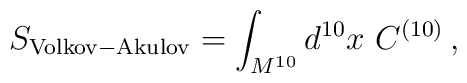
S_{\rm Volkov-Akulov} = \int_{M^{10}} d^{10} x \  C^{(10)}\, ,